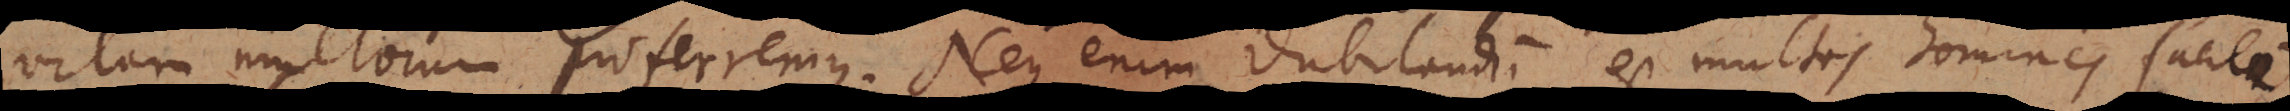
vitam multorum proferremus. Neque enim dubitandum est multos homines facile